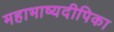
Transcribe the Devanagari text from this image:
महाभाष्यदीपिका